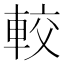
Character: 較